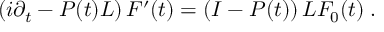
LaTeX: \left( i \partial _ { t } - { \cal P } ( t ) { \cal L } \right) { \cal F } ^ { \prime } ( t ) = \left( { \cal I } - { \cal P } ( t ) \right) { \cal L } { \cal F } _ { 0 } ( t ) \; .